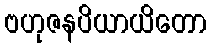
ဗဟုဇနပိယာယိတော